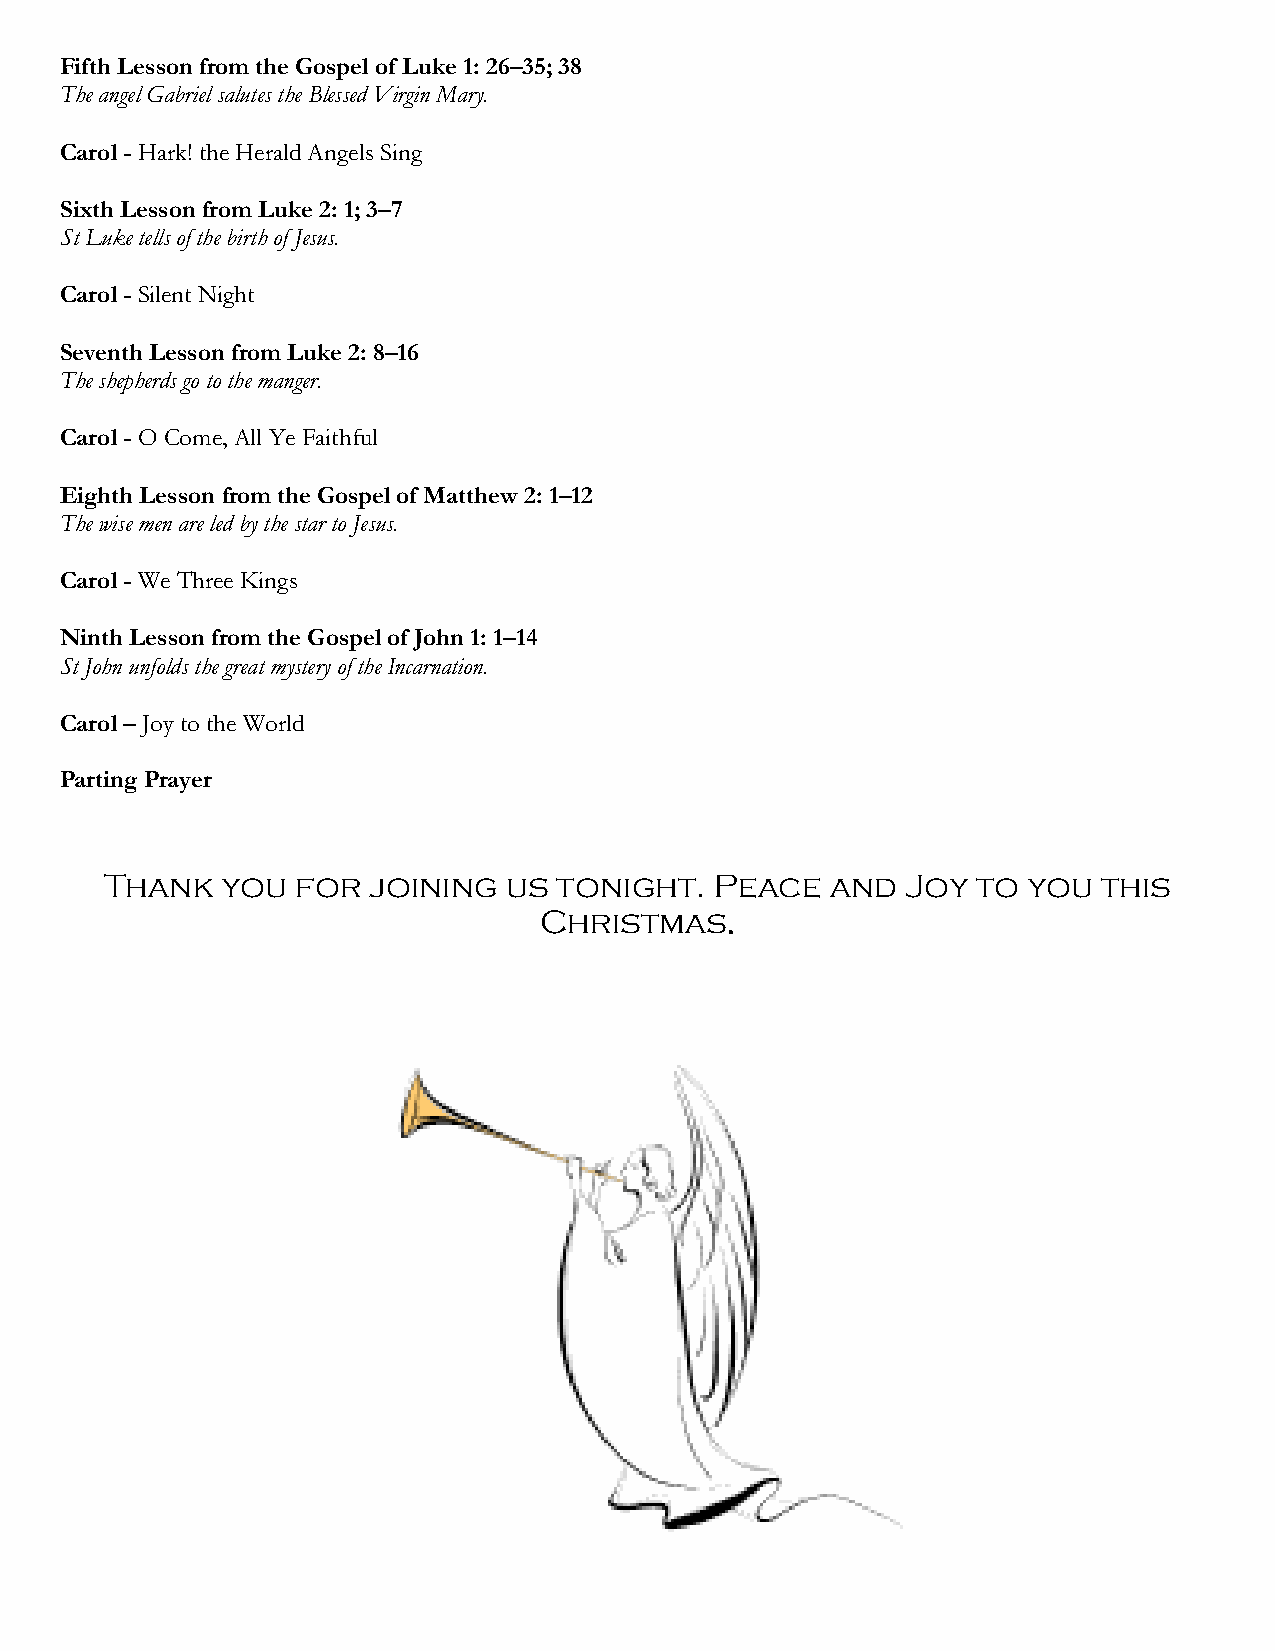
Fifth Lesson from the Gospel of Luke 1: 26–35; 38
 The angel Gabriel salutes the Blessed Virgin Mary.
 Carol - Hark! the Herald Angels Sing
 Sixth Lesson from Luke 2: 1; 3–7
 St Luke tells of the birth of Jesus.
 Carol - Silent Night
 Seventh Lesson from Luke 2: 8–16
 The shepherds go to the manger.
 Carol - O Come, All Ye Faithful
 Eighth Lesson from the Gospel of Matthew 2: 1–12
 The wise men are led by the star to Jesus.
 Carol - We Three Kings
 Ninth Lesson from the Gospel of John 1: 1–14
 St John unfolds the great mystery of the Incarnation.
 Carol – Joy to the World
 Parting Prayer
 Thank   you  for joining  us  tonight.  Peace   and  Joy  to you  this
 Christmas.